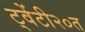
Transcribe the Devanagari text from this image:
ट्वेंटी२०त